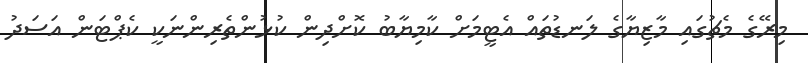
މިރޭގެ މެޗުގައި މާޒިޔާގެ ލަނޑުތައް އެޓީމަށް ކާމިޔާބު ކޮށްދިން ކުޅުންތެރިންނަކީ ކެޕްޓަން އަސަދު